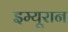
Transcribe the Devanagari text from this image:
इम्यूरान